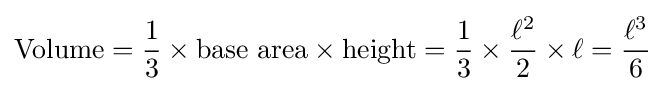
\mathrm {Volume} ={\frac {1}{3}}\times {\text{base area}}\times {\text{height}}={\frac {1}{3}}\times {\frac {\ell ^{2}}{2}}\times \ell ={\frac {\ell ^{3}}{6}}